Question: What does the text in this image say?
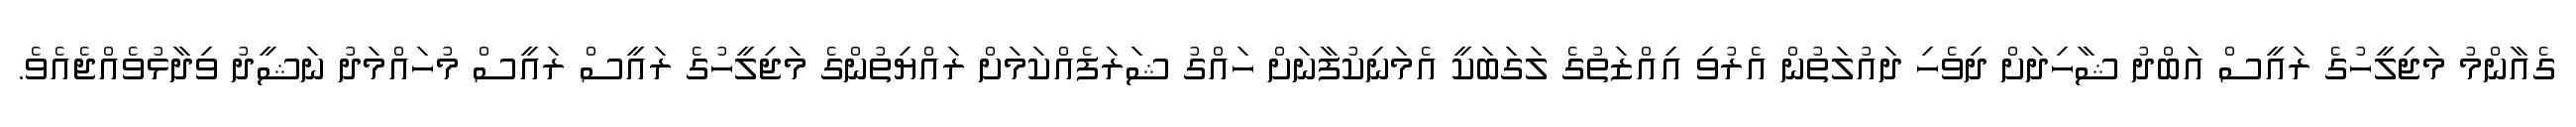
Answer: ގެއާންމު މަޖިލީހުގެ ރައީސް އަބްދު ޝާހިދަށް ދިވެހި ދައުލަތުން އެރުވި އިއްޒަތުގެ ލަގަބަކީ އެމަނިކުފާނަށް ހައްގު ޝަރަފެއްކަމަށް ރައްޔިތުންގެ މަޖިލީހުގެ ރައީސް ރައީސް މުހައްމަދު ނަޝީދު ވިދާޅުވެއްޖެއެވެ.